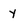
Character: y